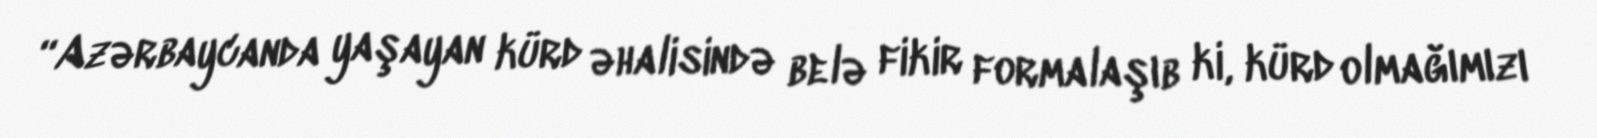
“Azərbaycanda yaşayan kürd əhalisində belə fikir formalaşıb ki, kürd olmağımızı